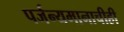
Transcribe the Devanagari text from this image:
पर्जन्यमानाचीही